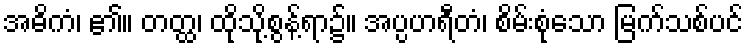
အဓိကံ၊ ၏။ တတ္ထ၊ ထိုသို့စွန့်ရာ၌။ အပ္ပဟရီတံ၊ စိမ်းစုံသော မြက်သစ်ပင်